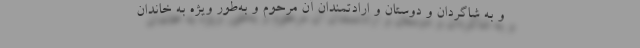
و به شاگردان و دوستان و ارادتمندان آن مرحوم و به‌طور ویژه به خاندان